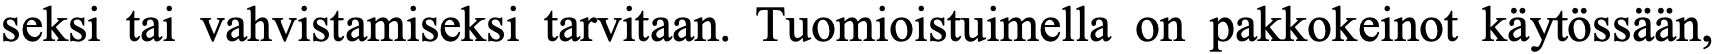
seksi tai vahvistamiseksi tarvitaan. Tuomioistuimella on pakkokeinot käytössään,